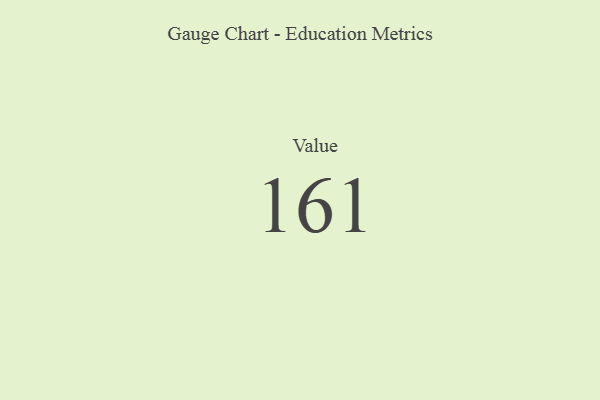
{"axis": {"x": "Metric", "y": "Value"}, "legend": [""], "data": [{"x": "Value", "y": 161, "type": ""}]}